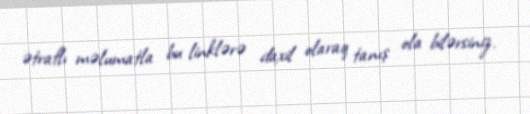
ətraflı məlumatla bu linklərə daxil olaraq tanış ola bilərsiniz.